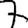
Digit: 7